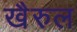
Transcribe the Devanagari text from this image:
खैरुल